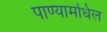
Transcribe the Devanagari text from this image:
पाण्यामधिल